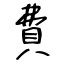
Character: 費